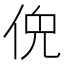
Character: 𫢤